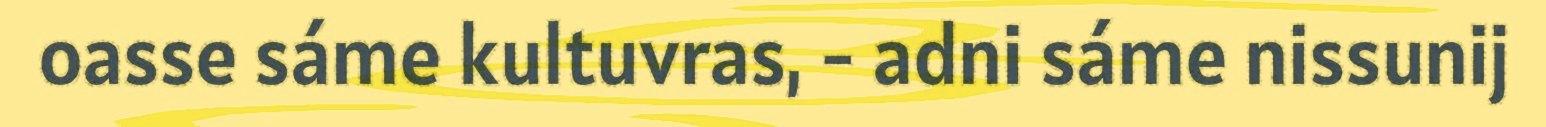
oasse sáme kultuvras, - adni sáme nissunij